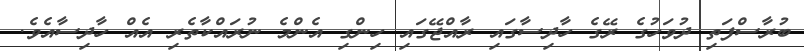
ބުރާސްފަތި ދުވަހުގެ ރޭގެ ހާދިސާގައި ރާއްޖޭގައި ހިންގި އެންމެ ނުރައްކާތެރި އެއް ހާދިސާއެވެ.